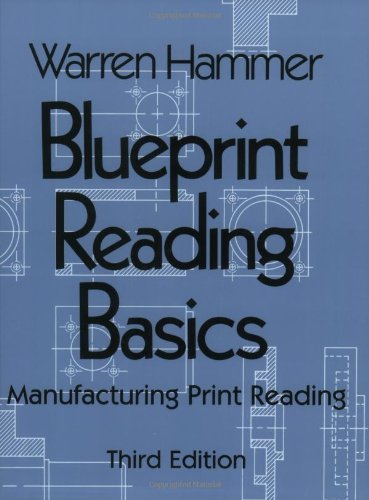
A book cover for Blueprint Reading Basics; Warren Hammer; Computers & Technology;